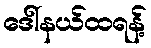
ဒေါ်နယ်ထရန့်